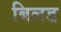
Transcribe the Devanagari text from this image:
बिलड